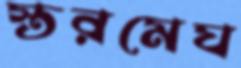
স্তরমেঘ